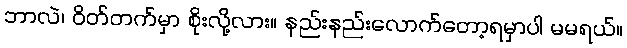
ဘာလဲ၊ ဝိတ်တက်မှာ စိုးလို့လား။ နည်းနည်းလောက်တော့ရမှာပါ မမရယ်။